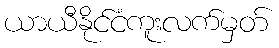
ယာယီနိုင်ငံကူးလက်မှတ်